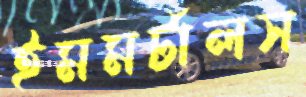
ইমমর্টালস